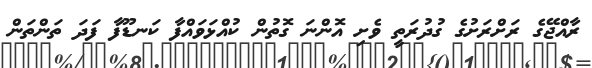
ރާއްޖޭގެ ރަށްރަށުގެ ގުދުރަތީ ވެށި އޮންނަ ގޮތުން ކުއްޅަވައްފާ ކަނޑޫފާ ފަދަ ތަންތަން